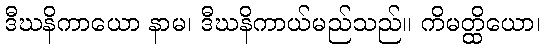
ဒီဃနိကာယော နာမ၊ ဒီဃနိကာယ်မည်သည်။ ကိမတ္ထိယော၊